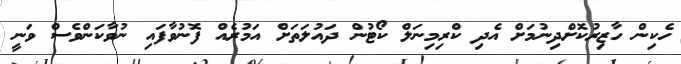
ހެކިން ހާޒިރުކޮށްދިނުމަށް އެދި ކްރިމިނަލް ކޯޓުން ދައުލަތަށް އަމުރެއް ފޮނުވާފައި ނުވާކަންވެސް ވަނީ